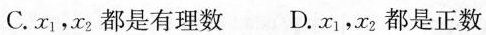
C.x_{1}，x_{2}都是有理数 D.x_{1}，x_{2}都是正数